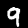
Digit: 9